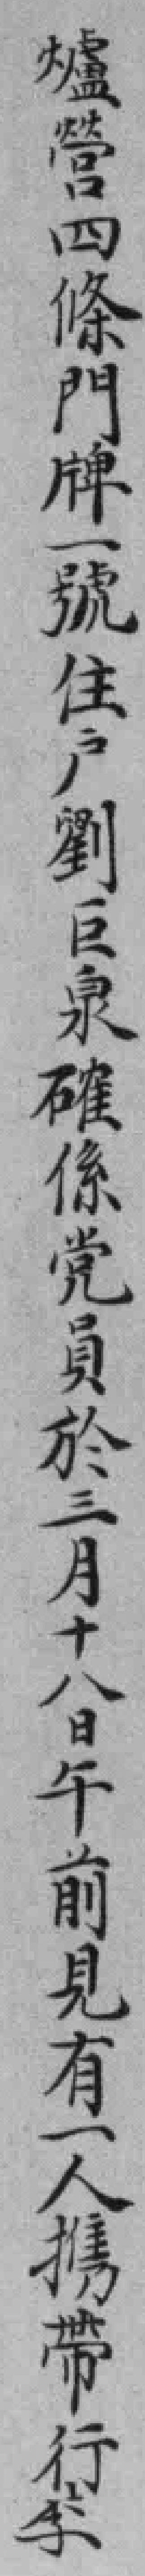
爐營四條門牌一號住户劉巨泉確係党員於三月十八日午前見有一人携帶行李